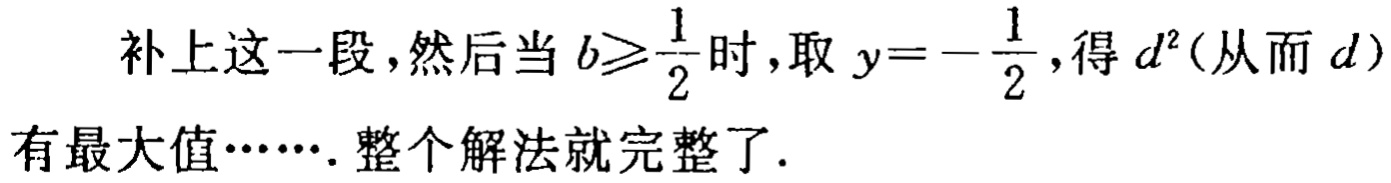
补上这一段，然后当 \(b\geqslant\frac{1}{2}\) 时，取 \(y = -\frac{1}{2}\)，得 \(d^{2}\) (从而 \(d\)) 有最大值……. 整个解法就完整了.